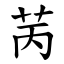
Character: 苪